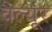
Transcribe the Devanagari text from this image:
वैल्यूर